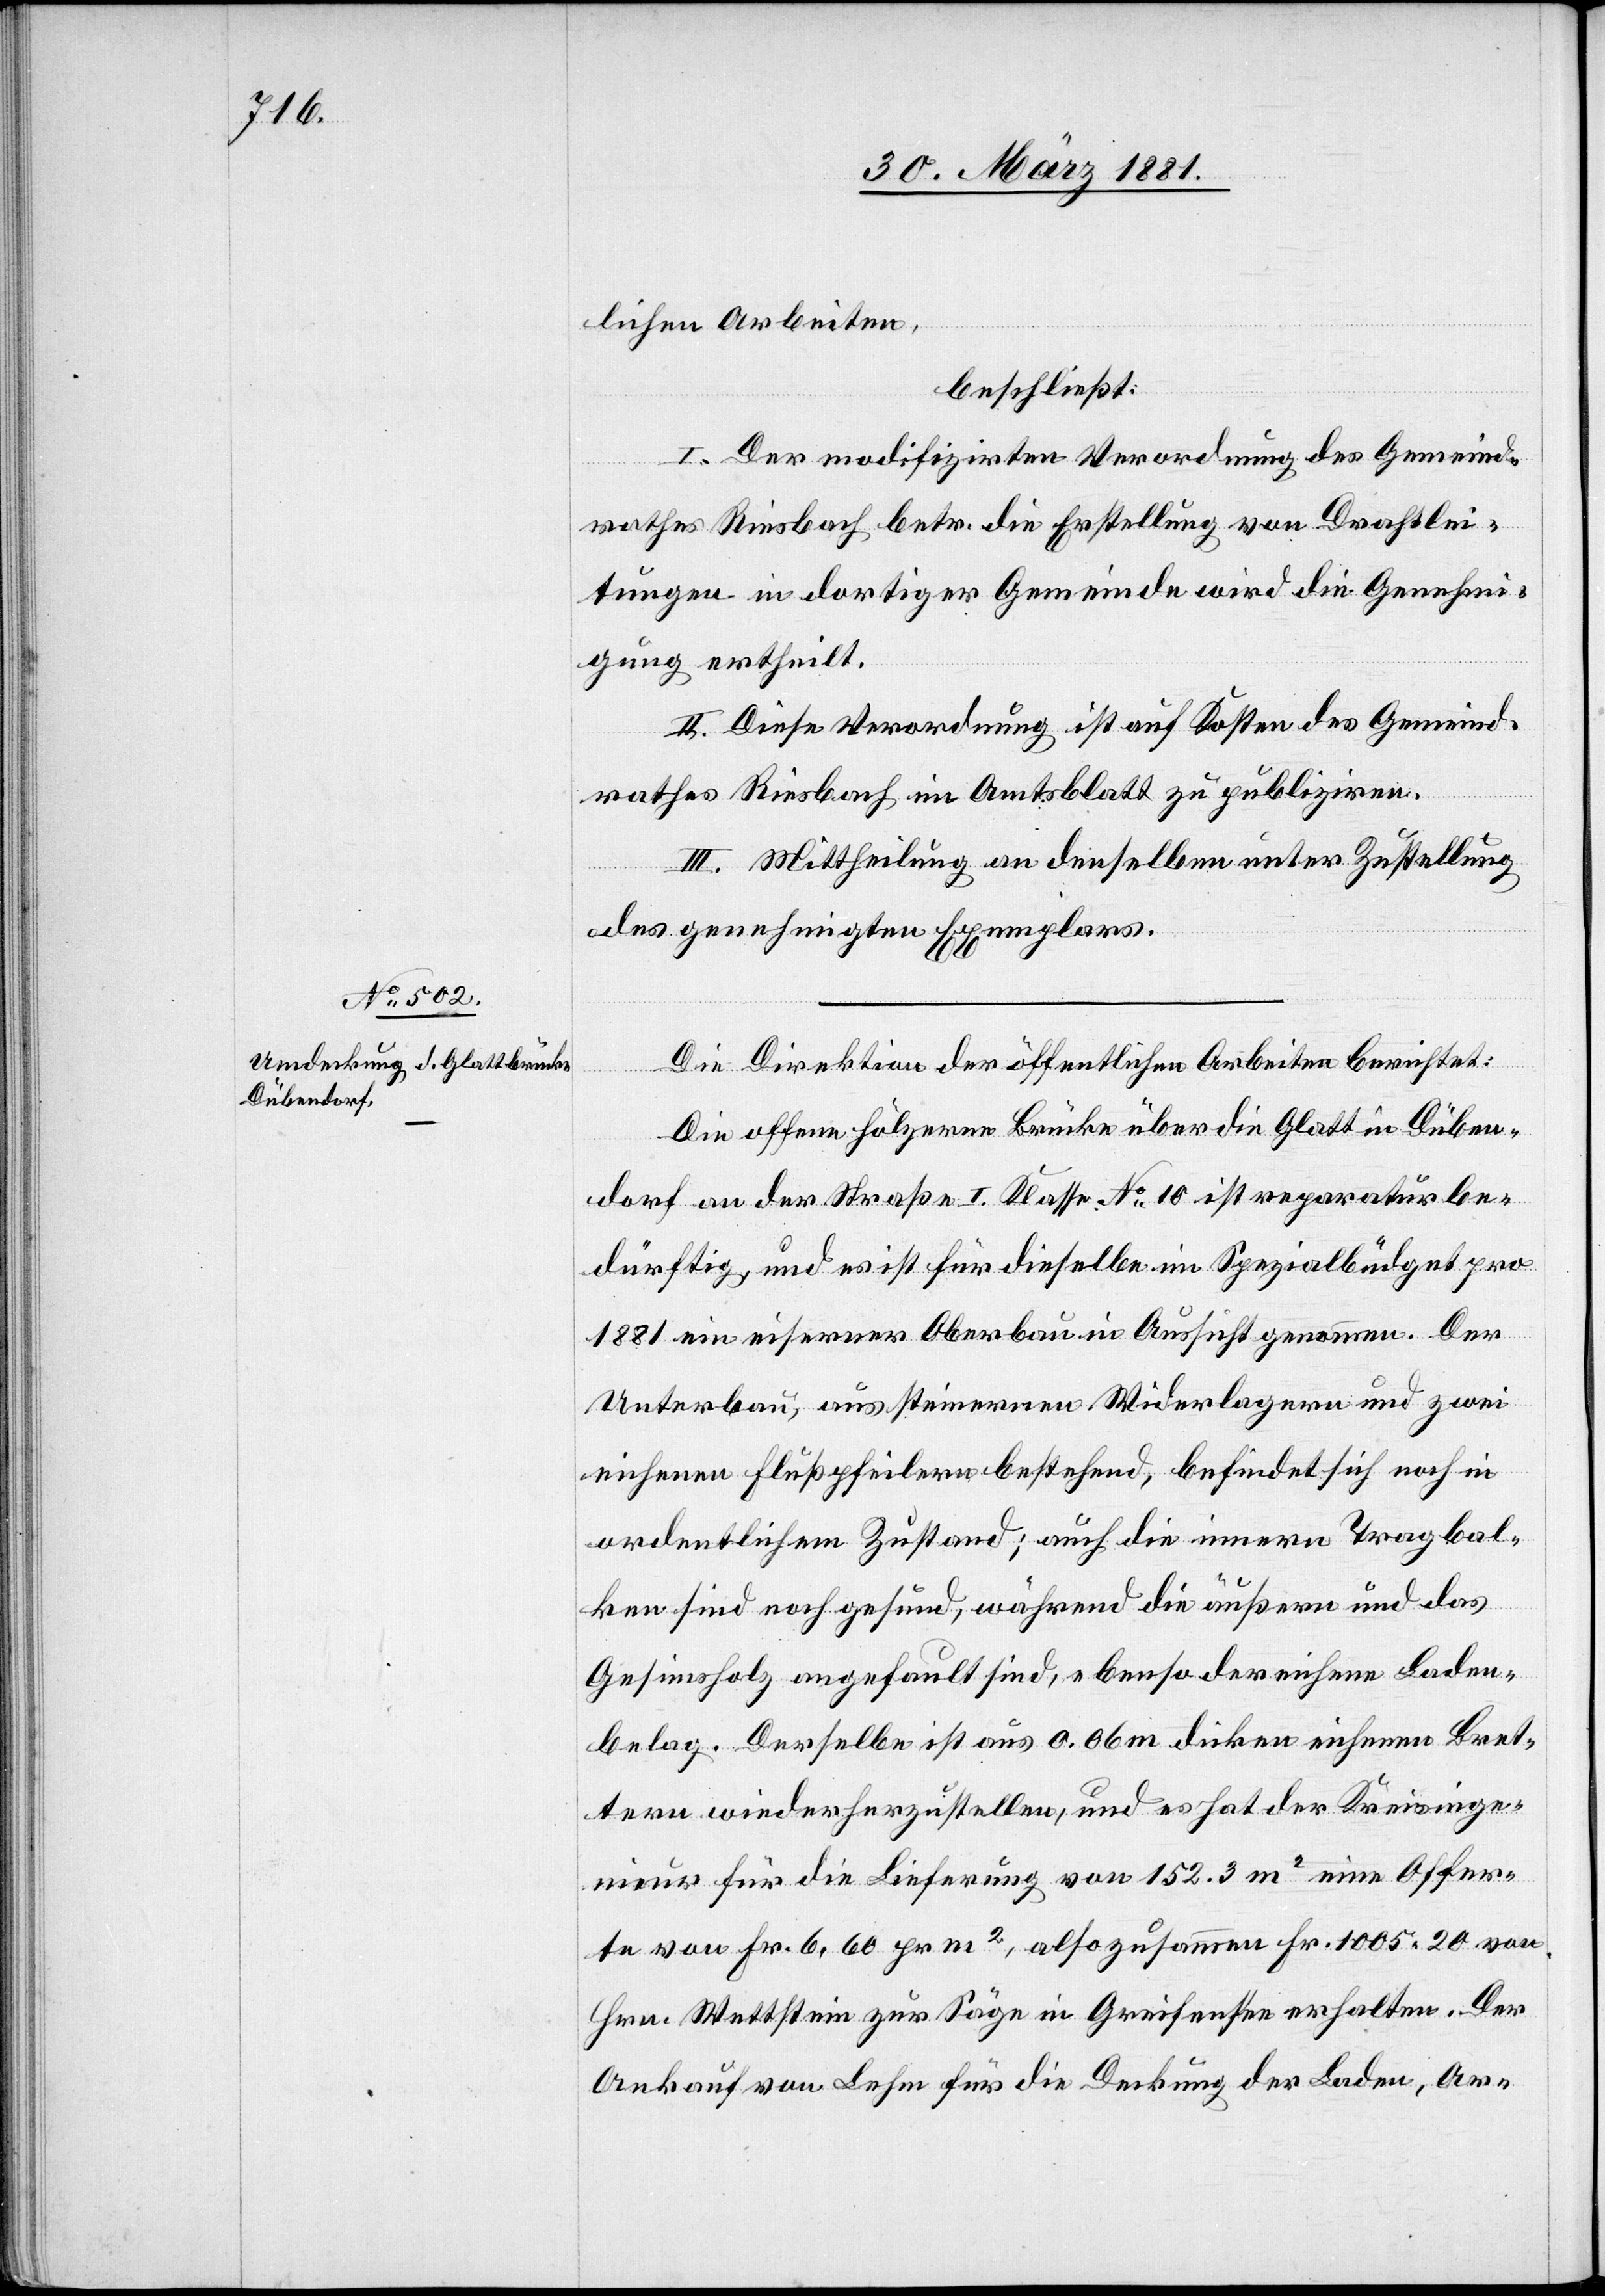
lichen Arbeiten,
beschließt:
I. Der modifizirten Verordnung des Gemeind¬
rathes Riesbach betr. die Erstellung von Drahtlei¬
tungen in dortiger Gemeinde wird die Genehmi¬
gung ertheilt.
II. Diese Verordnung ist auf Kosten des Gemeind¬
rathes Riesbach im Amtsblatt zu publiziren.
III. Mittheilung an denselben unter Zustellung
des genehmigten Exemplars.
Die Direktion der öffentlichen Arbeiten berichtet:
Die offene hölzerne Brücke über die Glatt in Düben¬
dorf an der Straße I. Klasse No 10 ist reparaturbe¬
dürftig, und es ist für dieselbe im Spezialbüdget pro
1881 ein eiserner Oberbau in Aussicht genommen. Der
Unterbau, aus steinernen Widerlagern und zwei
eichenen Flußpfeilern bestehend, befindet sich noch in
ordentlichem Zustand; auch die innern Tragbal¬
ken sind noch gesund, während die äußere und das
Gesimsholz angefault sind, ebenso der eichene Boden¬
belag. Derselbe ist aus 0.06 m dicken eichenen Bret¬
tern wiederherzustellen, und es hat der Kreisinge¬
nieur für die Lieferung von 152.3 m2 eine Offer¬
te von Fr. 6,60 pr m2, also zusammen Fr. 1005 20 von
Hrn. Wettstein zur Säge in Greifensee erhalten. Der
Ankauf von Lehm für die Deckung der Laden, Ar-